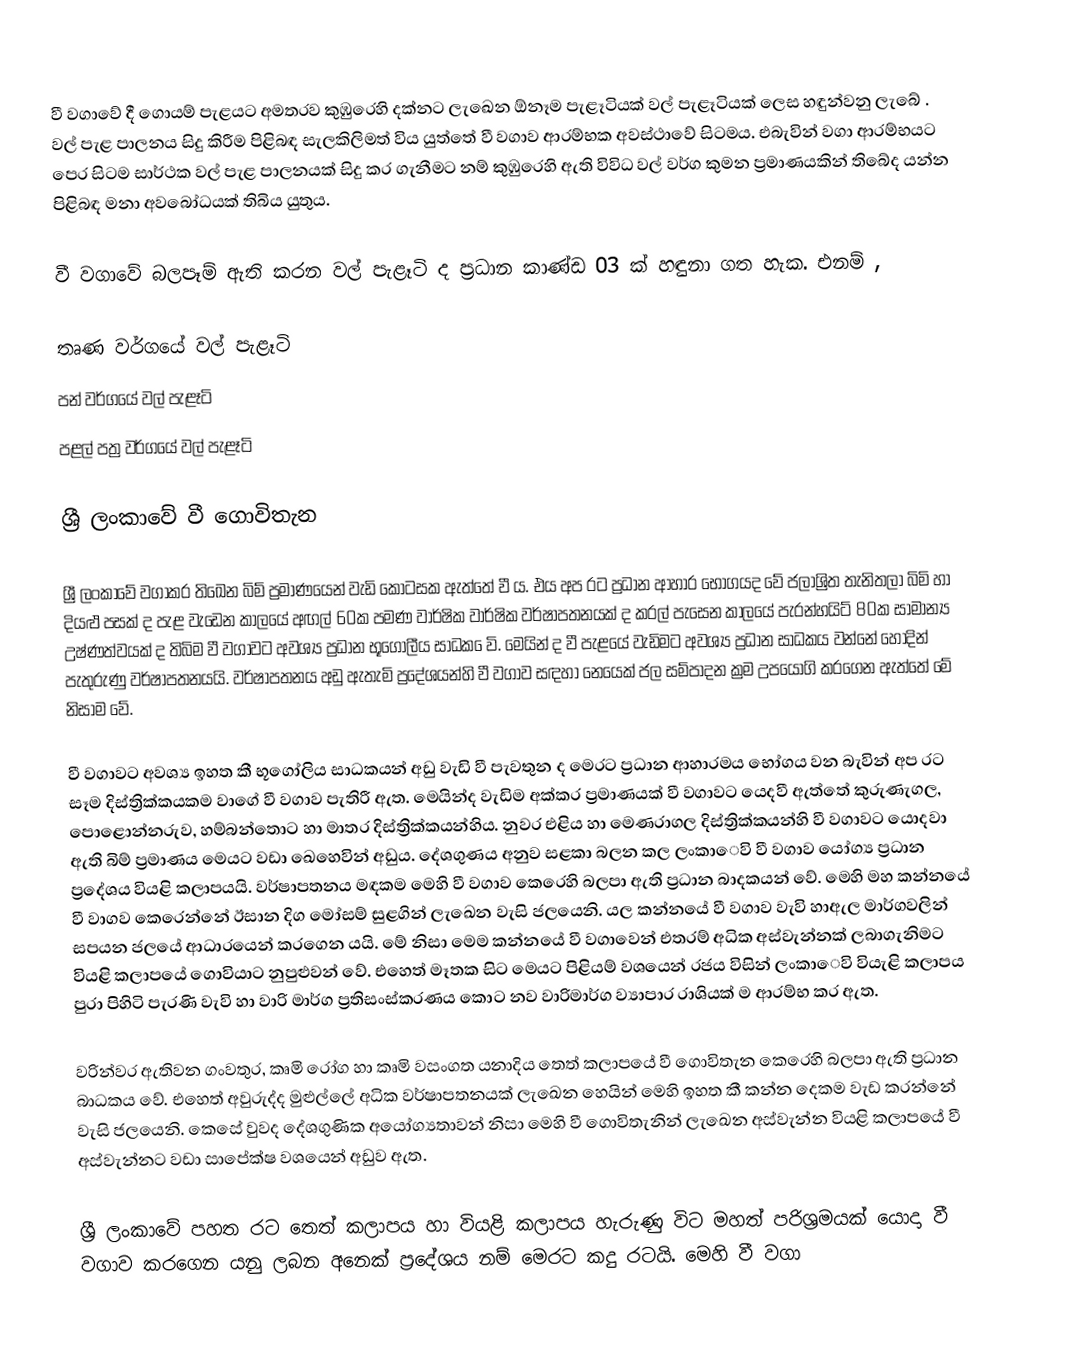
වී වගාවේ දී ගොයම් පැළයට අමතරව කුඹුරෙහි දක්නට ලැඛෙන ඕනෑම පැළෑටියක් වල් පැළෑටියක් ලෙස හඳුන්වනු ලැබේ . වල් පැළ පාලනය සිදු කිරීම පිළිබඳ සැලකිලිමත් විය යුත්තේ වී වගාව ආරම්භක අවස්ථාවේ සිටමය. එබැවින් වගා ආරම්භයට පෙර සිටම සාර්ථක වල් පැළ පාලනයක් සිදු කර ගැනීමට නම්  කුඹුරෙහි ඇති විවිධ වල් වර්ග කුමන ප්‍රමාණයකින් තිබේද යන්න පිළිබඳ මනා අවබෝධයක් තිබිය යුතුය.

වී වගාවේ බලපෑම් ඇති කරන වල් පැළෑටි ද ප්‍රධාන කාණ්ඩ 03 ක් හඳුනා ගත හැක. එනම් ,

 තෘණ වර්ගයේ වල් පැළෑටි
 පන් වර්ගයේ වල් පැළෑටි
 පළල් පත්‍ර වර්ගයේ වල් පැළෑටි

ශ්‍රී ලංකාවේ වී ගොවිතැන

ශ්‍රී ලංකාවේ වගාකර තිඛෙන බිම් ප්‍රමාණයෙන් වැඩි කොටසක ඇත්තේ වී ය. එය අප රට ප්‍රධාන ආහාර භෝගයද වේ ජලාශ්‍රිත තැනිතලා බිමි හා දියළු පසක් ද පැළ වැඩෙන කාලයේ අඟල් 60ක පමණ වාර්ෂික වාර්ෂික වර්ෂාපතනයක් ද කරල් පැසෙන කාලයේ පැරන්හයිට් 80ක සාමාන්‍ය උෂ්ණත්වයක් ද තිබිම වී වගාවට අවශ්‍ය ප්‍රධාන භූගෝලීය සාධක ෙවි. මෙයින් ද වී පැළයේ වැඩිමට අවශ්‍ය ප්‍රධාන සාධකය වන්නේ හොදින් පැතුරුණු වර්ෂාපතනයයි. වර්ෂාපතනය අඩු ඇතැමි ප්‍රදේශයන්හි වී වගාව සඳහා නෙයෙක් ජල සම්පාදන ක්‍රම උපයෝගි කරගෙන ඇත්තේ මේ නිසාම වේ.

වී වගාවට අවශ්‍ය ඉහත කී භූගෝලිය සාධකයන් අඩු වැඩි වී පැවතුන ද මෙරට ප්‍රධාන ආහාරමය භෝගය වන බැවින් අප රට සෑම දිස්ත්‍රික්කයකම වාගේ වී වගාව පැතිරී ඇත. මෙයින්ද වැඩිම අක්කර ප්‍රමාණයක් වී වගාවට යෙදවී ඇත්තේ කුරුණැගල, පොළොන්නරුව, හම්බන්තොට හා මාතර දිස්ත්‍රික්කයන්හිය. නුවර එළිය හා මෙණරාගල දිස්ත්‍රික්කයන්හි වී වගාවට යොදවා ඇති බිම් ප්‍රමාණය මෙයට වඩා ඛෙහෙවින් අඩුය. දේශගුණය අනුව සළකා බලන කල ලංකාෙවි වී වගාව යෝග්‍ය ප්‍රධාන ප්‍රදේශය වියළි කලාපයයි. වර්ෂාපතනය මඳකම මෙහි වී වගාව කෙරෙහි බලපා ඇති ප්‍රධාන බාදකයන් වේ. මෙහි මහ කන්නයේ වී වාගව කෙරෙන්නේ ඊසාන දිග මෝසම් සුළගින් ලැඛෙන වැසි ජලයෙනි. යල කන්නයේ වී වගාව වැවි හාඇල මාර්ගවලින් සපයන ජලයේ ආධාරයෙන් කරගෙන යයි. මේ නිසා මෙම කන්නයේ වී වගාවෙන් එතරම් අධික අස්වැන්නක් ලබාගැනිමට වියළි කලාපයේ ගොවියාට නුපුළුවන් වේ. එහෙත් මෑතක සිට මෙයට පිළියම් වශයෙන් රජය විසින් ලංකාෙවි වියැළි කලාපය පුරා පිහිටි පැරණි වැවි හා වාරි මාර්ග ප්‍රතිසංස්කරණය කොට නව වාරිමාර්ග ව්‍යාපාර රාශියක් ම ආරම්භ කර ඇත.

වරින්වර ඇතිවන ගංවතුර, කෘමි රෝග හා කෘමි වසංගත යනාදිය තෙත් කලාපයේ වී ගොවිතැන කෙරෙහි බලපා ඇති ප්‍රධාන බාධකය වේ. එහෙත් අවුරුද්ද මුළුල්ලේ අධික වර්ෂාපතනයක් ලැඛෙන හෙයින් මෙහි ඉහත කී කන්න දෙකම වැඩ කරන්නේ වැසි ජලයෙනි. කෙසේ වුවද දේශගුණික අයෝග්‍යතාවන් නිසා මෙහි වී ගොවිතැනින් ලැඛෙන අස්වැන්න වියළි කලාපයේ වී අස්වැන්නට වඩා සාපේක්ෂ වශයෙන් අඩුව ඇත.

	ශ්‍රී ලංකාවේ පහත රට තෙත් කලාපය හා වියළි කලාපය හැරුණු විට මහත් පරිශ්‍රමයක් යොදා වී වගාව කරගෙන යනු ලබන අනෙක් ප්‍රදේශය නම් මෙරට කදු රටයි. මෙහි වී වගා